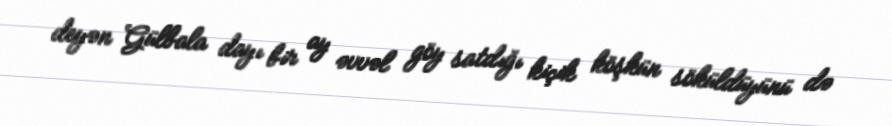
deyən Gülbala dayı bir ay əvvəl göy satdığı kiçik köşkün söküldüyünü də